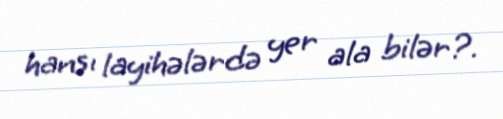
hansı layihələrdə yer ala bilər?.